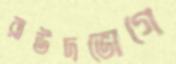
রাউদভোগে